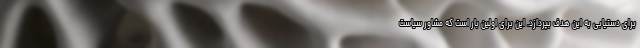
برای دستیابی به این هدف بپردازد. این برای اولین بار است که مشاور سیاست